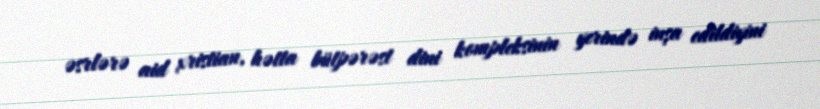
əsrlərə aid xristian, hətta bütpərəst dini kompleksinin yerində inşa edildiyini